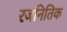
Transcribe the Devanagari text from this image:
रजनितिक